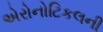
એરોનોટિકલની